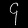
Digit: ၄